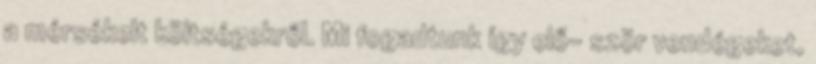
a mérsékelt költségekről. Mi fogadtunk így elő- ször vendégeket,